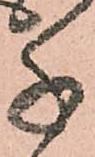
千